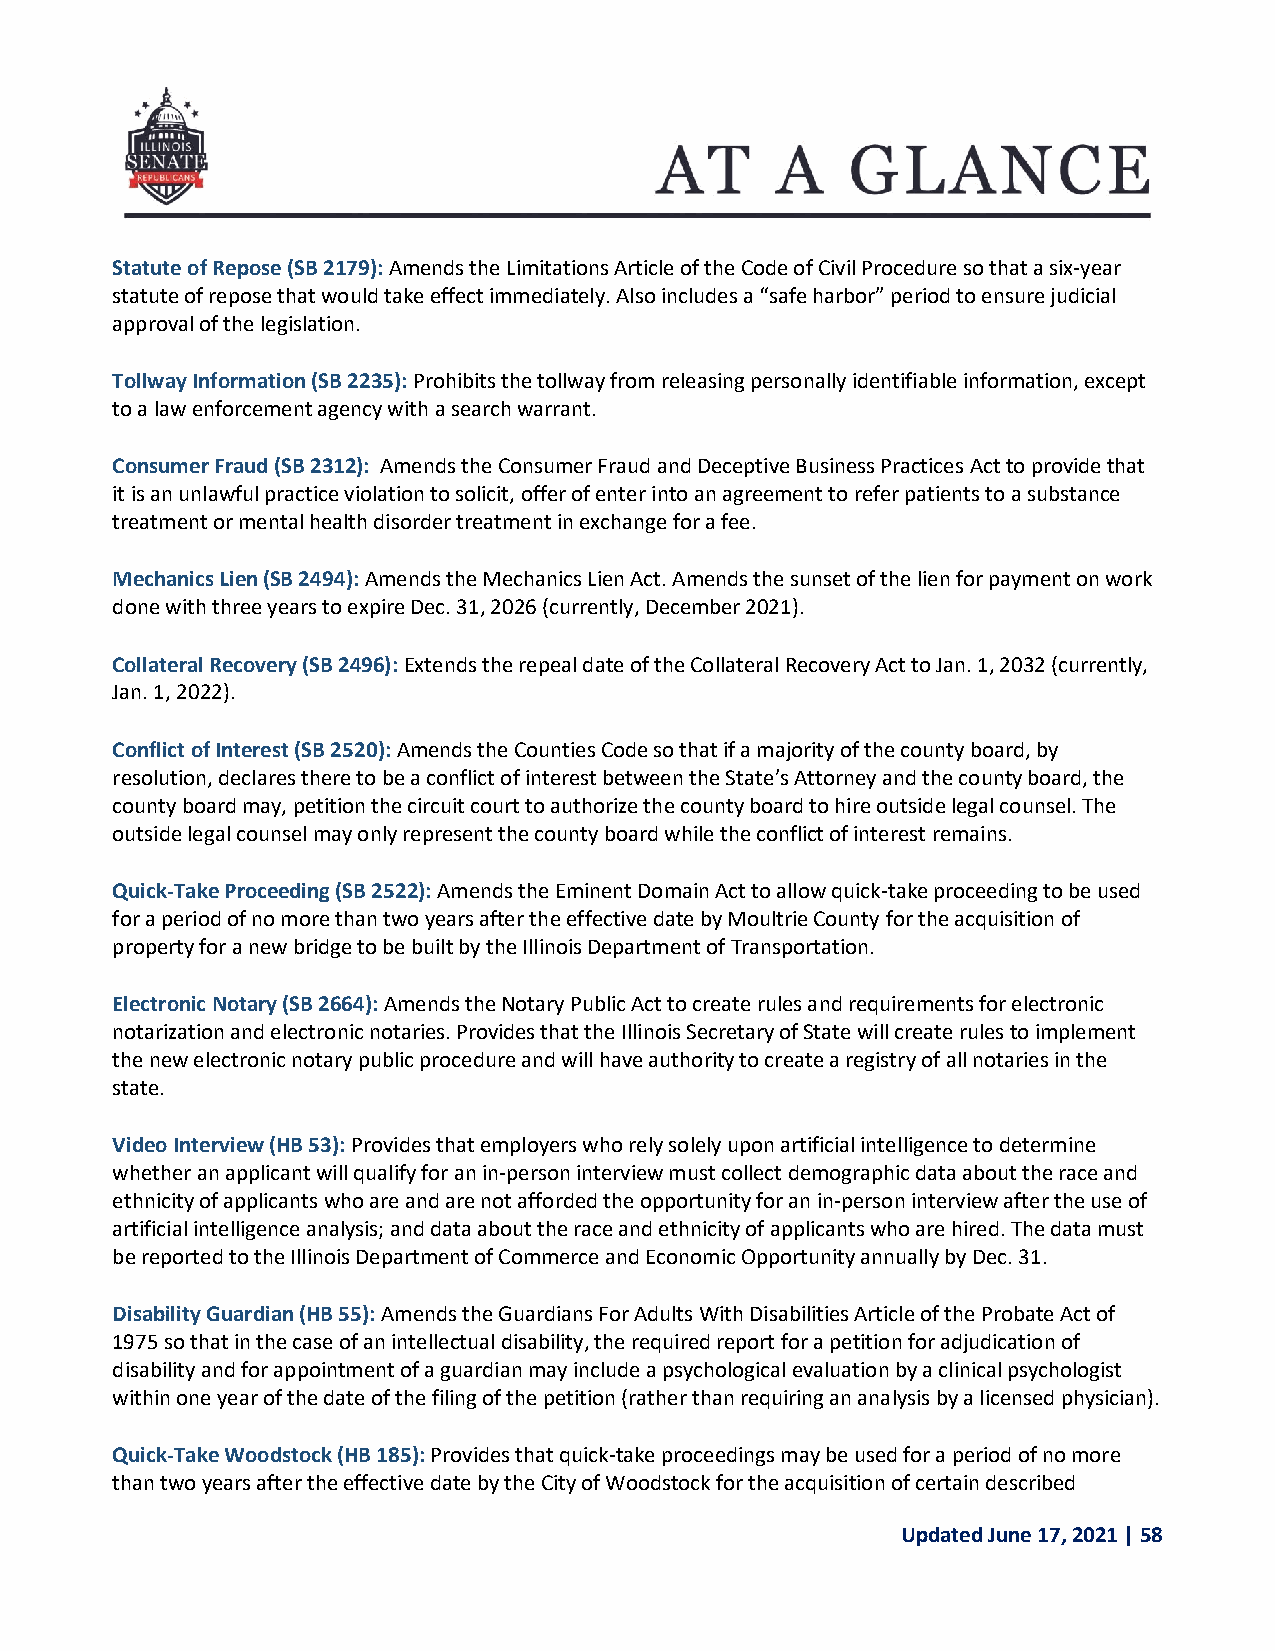
Statute of Repose (SB 2179): Amends the Limitations Article of the Code of Civil Procedure so that a six-year
 statute of repose that would take effect immediately. Also includes a “safe harbor” period to ensure judicial
 approval of the legislation.
 Tollway Information (SB 2235): Prohibits the tollway from releasing personally identifiable information, except
 to a law enforcement agency with a search warrant.
 Consumer Fraud (SB 2312): Amends the Consumer Fraud and Deceptive Business Practices Act to provide that
 it is an unlawful practice violation to solicit, offer of enter into an agreement to refer patients to a substance
 treatment or mental health disorder treatment in exchange for a fee.
 Mechanics Lien (SB 2494): Amends the Mechanics Lien Act. Amends the sunset of the lien for payment on work
 done with three years to expire Dec. 31, 2026 (currently, December 2021).
 Collateral Recovery (SB 2496): Extends the repeal date of the Collateral Recovery Act to Jan. 1, 2032 (currently,
 Jan. 1, 2022).
 Conflict of Interest (SB 2520): Amends the Counties Code so that if a majority of the county board, by
 resolution, declares there to be a conflict of interest between the State’s Attorney and the county board, the
 county board may, petition the circuit court to authorize the county board to hire outside legal counsel. The
 outside legal counsel may only represent the county board while the conflict of interest remains.
 Quick-Take Proceeding (SB 2522): Amends the Eminent Domain Act to allow quick-take proceeding to be used
 for a period of no more than two years after the effective date by Moultrie County for the acquisition of
 property for a new bridge to be built by the Illinois Department of Transportation.
 Electronic Notary (SB 2664): Amends the Notary Public Act to create rules and requirements for electronic
 notarization and electronic notaries. Provides that the Illinois Secretary of State will create rules to implement
 the new electronic notary public procedure and will have authority to create a registry of all notaries in the
 state.
 Video Interview (HB 53): Provides that employers who rely solely upon artificial intelligence to determine
 whether an applicant will qualify for an in-person interview must collect demographic data about the race and
 ethnicity of applicants who are and are not afforded the opportunity for an in-person interview after the use of
 artificial intelligence analysis; and data about the race and ethnicity of applicants who are hired. The data must
 be reported to the Illinois Department of Commerce and Economic Opportunity annually by Dec. 31.
 Disability Guardian (HB 55): Amends the Guardians For Adults With Disabilities Article of the Probate Act of
 1975 so that in the case of an intellectual disability, the required report for a petition for adjudication of
 disability and for appointment of a guardian may include a psychological evaluation by a clinical psychologist
 within one year of the date of the filing of the petition (rather than requiring an analysis by a licensed physician).
 Quick-Take Woodstock (HB 185): Provides that quick-take proceedings may be used for a period of no more
 than two years after the effective date by the City of Woodstock for the acquisition of certain described
 Updated June 17, 2021 | 58